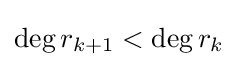
\deg r_{k+1}<\deg r_{k}